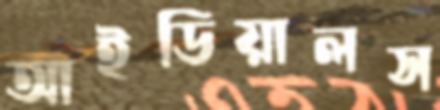
আইডিয়ালস